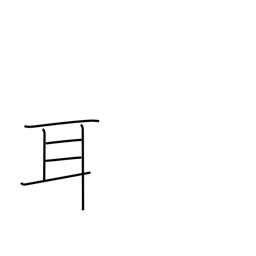
Meaning: ear